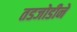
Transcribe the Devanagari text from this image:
तडजोडीने